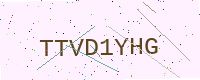
Text: TTVD1YHG